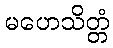
မဟေသိတ္တံ